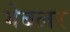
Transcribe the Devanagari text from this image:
गेबलर